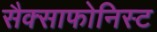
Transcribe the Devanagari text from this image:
सैक्साफोनिस्ट